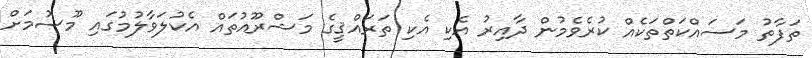
ތަފާތު މަސައްކަތްތަކެއް ކުރެވެމުން ދާއިރު އެކި އެކި ތަރައްޤީގެ މަޝްރޫއުތައް އެކުލަވާލުމުގައި މޫސުމަށް